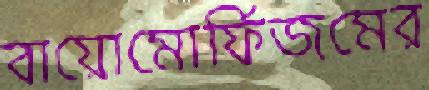
বায়োমোর্ফিজমের